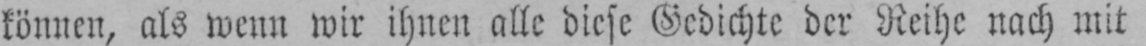
können, als wenn wir ihnen alle diese Gedichte der Reihe nach mit